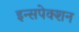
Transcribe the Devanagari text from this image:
इन्सपेक्शन